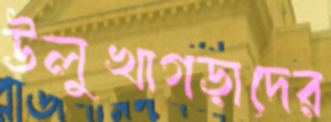
উলুখাগড়াদের